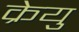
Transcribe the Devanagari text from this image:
क्रेयु